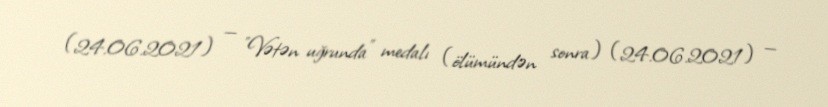
(24.06.2021) — "Vətən uğrunda" medalı (ölümündən sonra) (24.06.2021) —